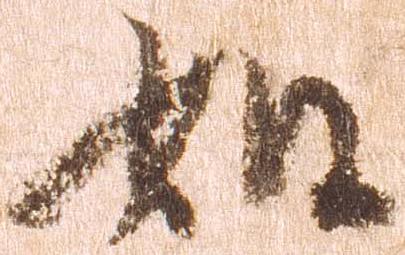
如